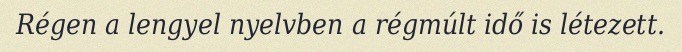
Régen a lengyel nyelvben a régmúlt idő is létezett.